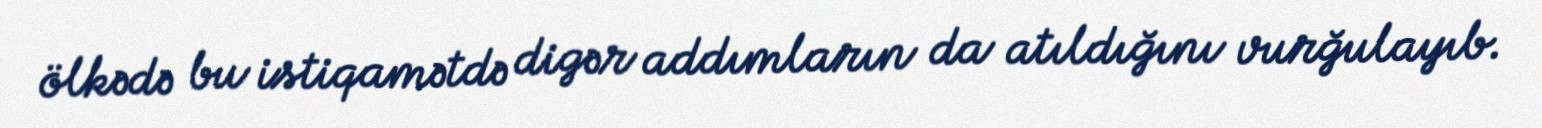
ölkədə bu istiqamətdə digər addımların da atıldığını vurğulayıb.